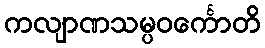
ကလျာဏသမ္ပဝင်္ကောတိ